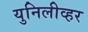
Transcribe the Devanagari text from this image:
युनिलीव्हर